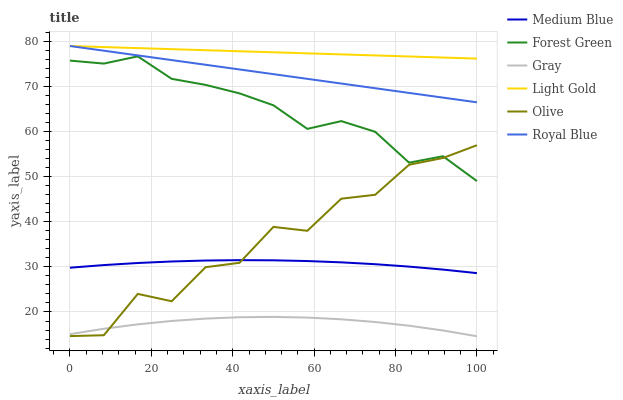
| xaxis_label | Medium Blue | Forest Green | Gray | Light Gold | Olive | Royal Blue |
 | --- | --- | --- | --- | --- | --- | --- |
 | 0 | 29.8 | 75.8 | 15.1 | 79 | 14.7 | 79 |
 | 8.33 | 30.4 | 75.1 | 16.3 | 78.8 | 14.8 | 78 |
 | 16.7 | 30.9 | 76.7 | 17.3 | 78.5 | 24 | 76.9 |
 | 25 | 31.2 | 71.7 | 18 | 78.3 | 22.4 | 75.9 |
 | 33.3 | 31.4 | 70.4 | 18.5 | 78.1 | 29.9 | 74.8 |
 | 41.7 | 31.5 | 68.5 | 18.8 | 77.8 | 30.9 | 73.8 |
 | 50 | 31.5 | 65.8 | 18.9 | 77.6 | 38.9 | 72.8 |
 | 58.3 | 31.3 | 60.6 | 18.8 | 77.4 | 38 | 71.7 |
 | 66.7 | 31 | 62.3 | 18.4 | 77.1 | 45.1 | 70.7 |
 | 75 | 30.6 | 60 | 17.8 | 76.9 | 46 | 69.6 |
 | 83.3 | 30.1 | 53.1 | 17 | 76.7 | 52.7 | 68.6 |
 | 91.7 | 29.4 | 54.5 | 15.9 | 76.4 | 54.2 | 67.6 |
 | 100 | 28.6 | 49 | 14.6 | 76.2 | 57 | 66.5 |